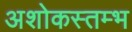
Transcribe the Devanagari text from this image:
अशोकस्तम्भ